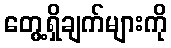
တွေ့ရှိချက်များကို